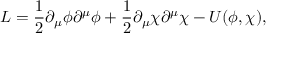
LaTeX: { \cal L } = \frac { 1 } { 2 } \partial _ { \mu } \phi \partial ^ { \mu } \phi + \frac { 1 } { 2 } \partial _ { \mu } \chi \partial ^ { \mu } \chi - U ( \phi , \chi ) ,